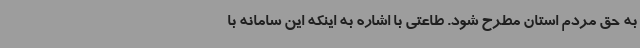
به حق مردم استان مطرح شود. طاعتی با اشاره به اینکه این سامانه با